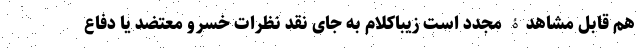
هم قابل مشاهدۀ مجدد است زیباکلام به جای نقد نظرات خسرو معتضد یا دفاع